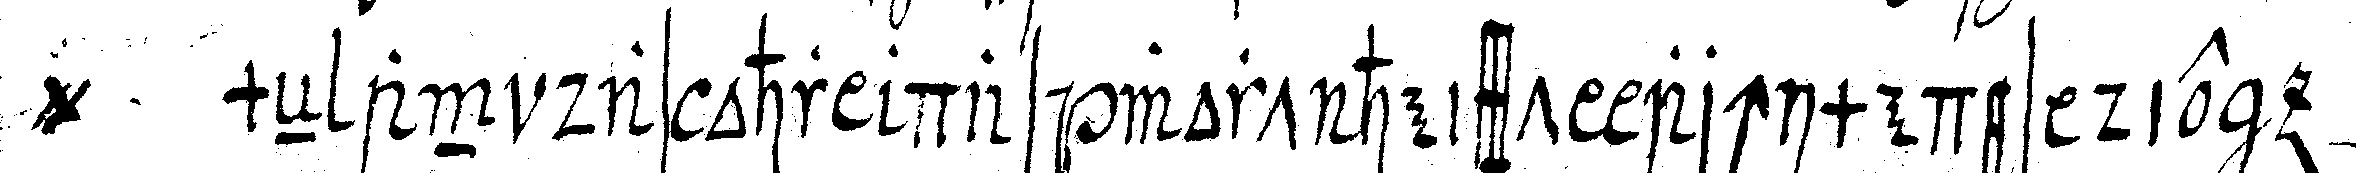
@ meN an das ohr das wort heisst archimedes die